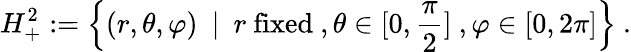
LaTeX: H_{+}^{2}:=\left\{ (r,\theta,\varphi)\ \ |\ \ r\ \mathrm{fixed}\ ,\theta\in[0,\frac{\pi}{2}]\ ,\varphi\in[0,2\pi]\right\} \ .